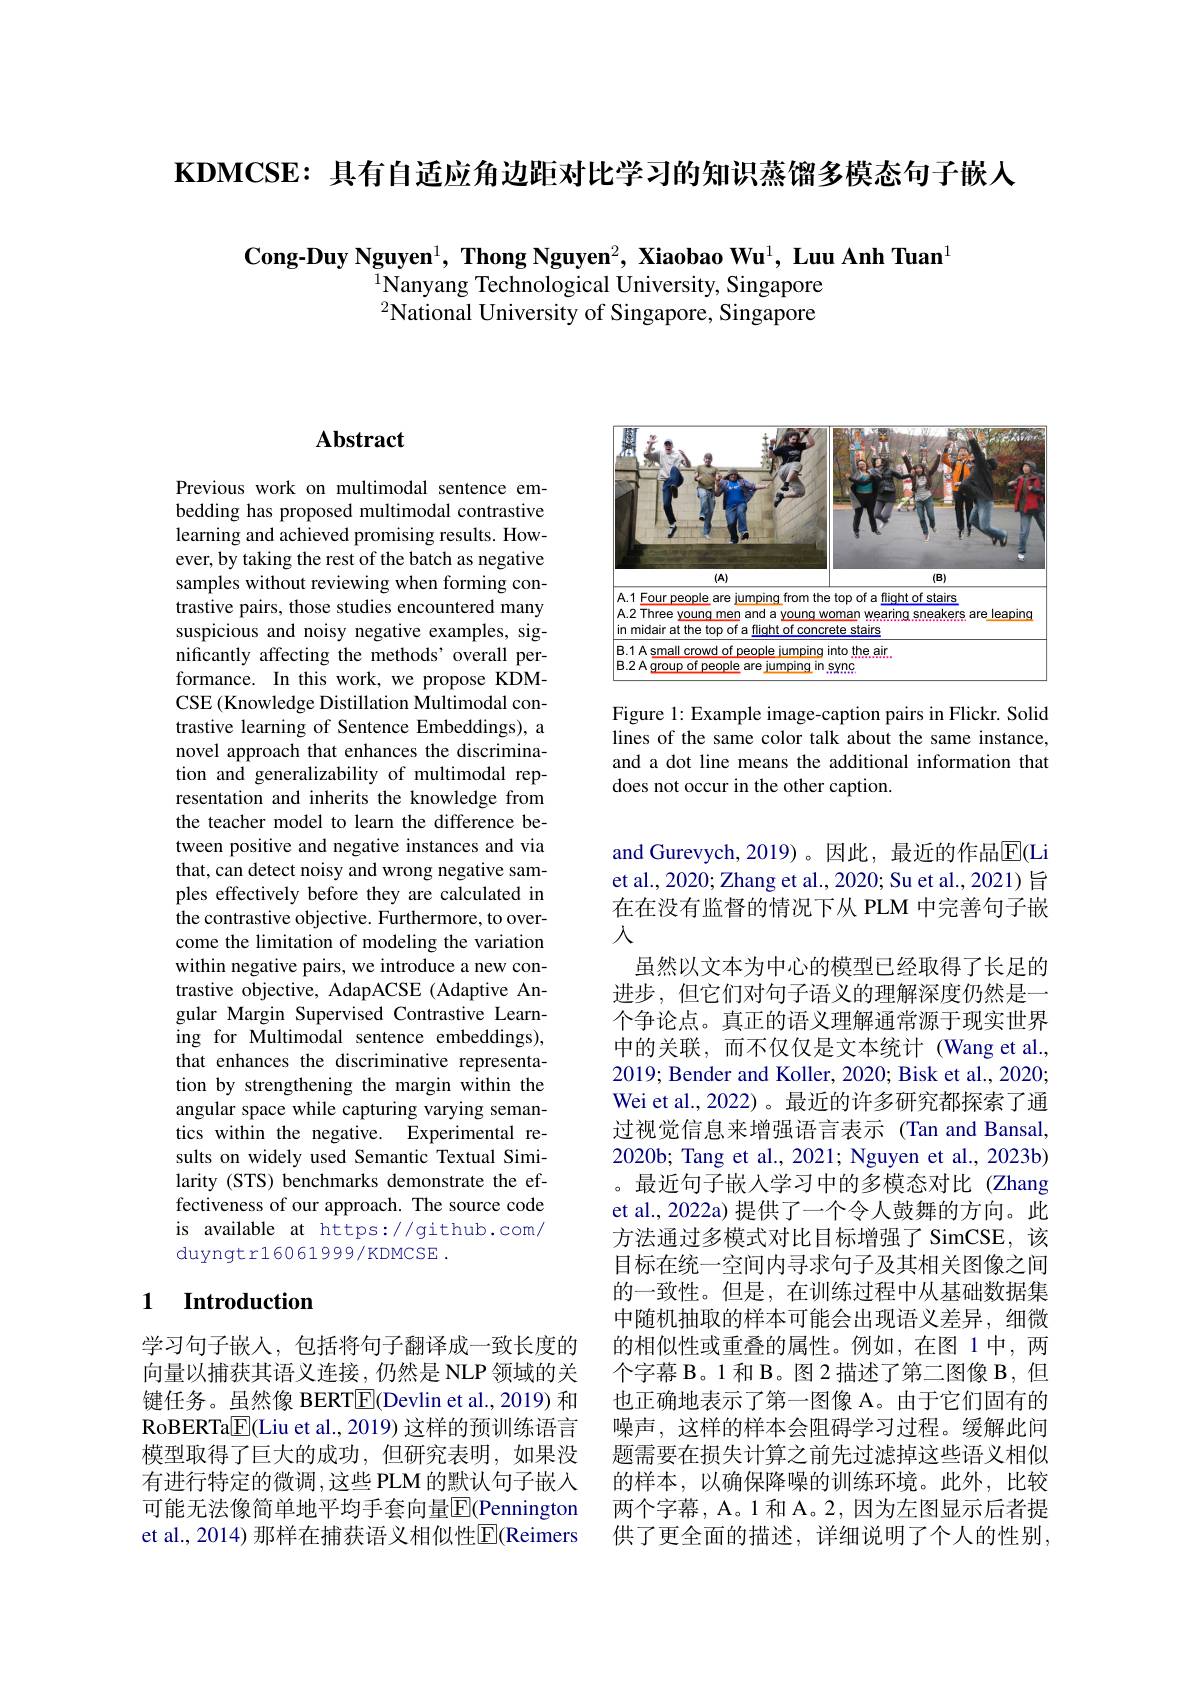
KDMCSE: 具有自适应角边距对比学习的知识蒸馏多模态句子嵌人

$\textbf{Cong-Duy Nguyen}^1,\textbf{ Thong Nguyen}^2,\textbf{ Xiaobao Wu}^1,\textbf{ Luu Anh Tuan}^1$
$^{1}$Nanyang Technological University, Singapore $^{2}$National University of Singapore, Singapore

## $\mathbf{Abstract}$

Previous work on multimodal sentence embedding has proposed multimodal contrastive learning and achieved promising results. However, by taking the rest of the batch as negative samples without reviewing when forming contrastive pairs, those studies encountered many suspicious and noisy negative examples, significantly affecting the methods' overall performance. In this work, we propose KDMCSE (Knowledge Distillation Multimodal contrastive learning of Sentence Embeddings), a novel approach that enhances the discrimination and generalizability of multimodal representation and inherits the knowledge from the teacher model to learn the difference between positive and negative instances and via that, can detect noisy and wrong negative samples effectively before they are calculated in the contrastive objective. Furthermore, to overcome the limitation of modeling the variation within negative pairs, we introduce a new contrastive objective, AdapACSE (Adaptive Angular Margin Supervised Contrastive Learning for Multimodal sentence embeddings), that enhances the discriminative representation by strengthening the margin within the angular space while capturing varying semantics within the negative. Experimental results on widely used Semantic Textual Similarity (STS) benchmarks demonstrate the effectiveness of our approach. The source code is available at https://github.com/ duyngtr16061999/KDMCSE .

# 1 Introduction

学习句子嵌入，包括将句子翻译成一致长度的向量以捕获其语义连接，仍然是 NLP 领域的关键任务。虽然像 BERT$\boxed{\mathrm{F}}($Devlin et al., 2019) 和RoBERTa$\boxed{\mathrm{F}}$(Liu et al., 2019) 这样的预训练语言模型取得了巨大的成功，但研究表明，如果没有进行特定的微调，这些 PLM 的默认句子嵌入可能无法像简单地平均手套向量$\overline{\mathbb{F}}$(Pennington et al., 2014) 那样在捕获语义相似性$\overline{\mathrm{E}}($Reimers

<FigureHere>

Figure 1: Example image-caption pairs in Flickr. Solid lines of the same color talk about the same instance, and a dot line means the additional information that does not occur in the other caption.

and Gurevych,2019)。因此，最近的作品$\mathbb{E}($Li et al., 2020; Zhang et al., 2020; Su et al., 2021) 旨在在没有监督的情况下从 PLM 中完善句子嵌入
虽然以文本为中心的模型已经取得了长足的进步，但它们对句子语义的理解深度仍然是一个争论点。真正的语义理解通常源于现实世界中的关联，而不仅仅是文本统计(Wang et al. 2019; Bender and Koller, 2020; Bisk et al., 2020; Wei et al., 2022) 。最近的许多研究都探索了通过视觉信息来增强语言表示 (Tan and Bansal, 2020b; Tang et al., 2021; Nguyen et al., 2023b) 。最近句子嵌入学习中的多模态对比(Zhang et al., 2022a) 提供了一个令人鼓舞的方向。此方法通过多模式对比目标增强了 SimCSE,该目标在统一空间内寻求句子及其相关图像之间的一致性。但是，在训练过程中从基础数据集中随机抽取的样本可能会出现语义差异，细微的相似性或重叠的属性。例如，在图 1中，两个字幕 B。1 和 B。图 2 描述了第二图像 B,但也正确地表示了第一图像 A。由于它们固有的噪声，这样的样本会阻碍学习过程。缓解此问题需要在损失计算之前先过滤掉这些语义相似的样本，以确保降噪的训练环境。此外，比较两个字幕，A。1 和 A。2, 因为左图显示后者提供了更全面的描述，详细说明了个人的性别，